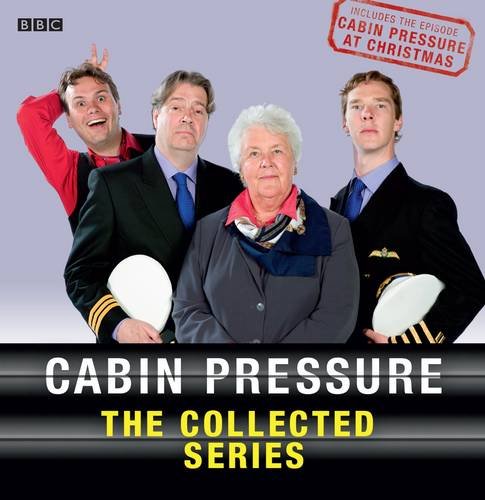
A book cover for Cabin Pressure: The Collected Series 1-3; John Finnemore; Humor & Entertainment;